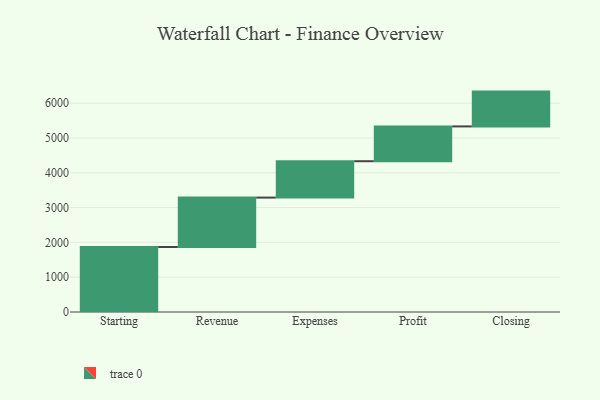
{"axis": {"x": "Step", "y": "Value"}, "legend": [""], "data": [{"x": "Starting", "y": 1868.0, "type": ""}, {"x": "Revenue", "y": 1419.0, "type": ""}, {"x": "Expenses", "y": 1045.0, "type": ""}, {"x": "Profit", "y": 1000, "type": ""}, {"x": "Closing", "y": 1000, "type": ""}]}